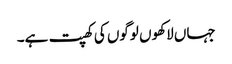
جہاں لاکھوں لوگوں کی کھپت ہے۔